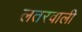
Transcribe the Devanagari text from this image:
लतरवाली